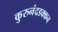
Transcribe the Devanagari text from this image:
कुरुनंदडक्कन